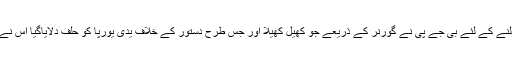
اس کے باوجود ہاری ہوئی بازی کو جیت میں بدلنے کے لئے بی جے پی نے گورنر کے ذریعے جو کھیل کھیلا اور جس طرح دستور کے خلاف یدی یورپا کو حلف دلایاگیا اس نے پورے ملک میں بی جے پی کی مٹی پلید کردی۔